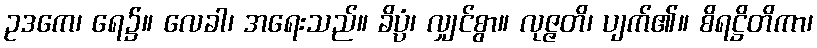
ဥဒကေ၊ ရေ၌။ လေခါ၊ အရေးသည်။ ခိပ္ပံ၊ လျှင်စွာ။ လုဇ္ဇတိ၊ ပျက်၏။ စိရဋ္ဌိတိကာ၊